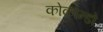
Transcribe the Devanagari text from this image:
कोकोन्डो